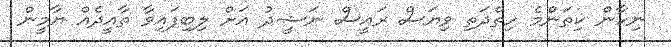
ނިހާން ކިތަންމެ ހިތްދަތި ވިޔަސް ރައީސް ނަޝީދު އަށް ލިބިފައިވާ ތާއީދެއް ޔާމީން